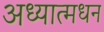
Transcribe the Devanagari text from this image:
अध्यात्मधन